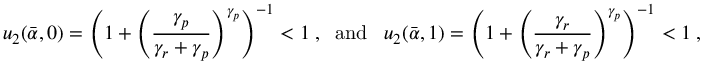
u _ { 2 } ( \bar { \alpha } , 0 ) = \left( 1 + \left( \frac { \gamma _ { p } } { \gamma _ { r } + \gamma _ { p } } \right) ^ { \gamma _ { p } } \right) ^ { - 1 } < 1 \; , \; \; { \mathrm { a n d } } \; \; \; u _ { 2 } ( \bar { \alpha } , 1 ) = \left( 1 + \left( \frac { \gamma _ { r } } { \gamma _ { r } + \gamma _ { p } } \right) ^ { \gamma _ { p } } \right) ^ { - 1 } < 1 \; ,